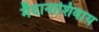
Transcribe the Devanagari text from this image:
मैदानाशिवाय